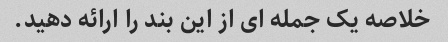
خلاصه یک جمله ای از این بند را ارائه دهید.